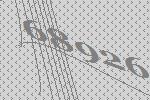
68926